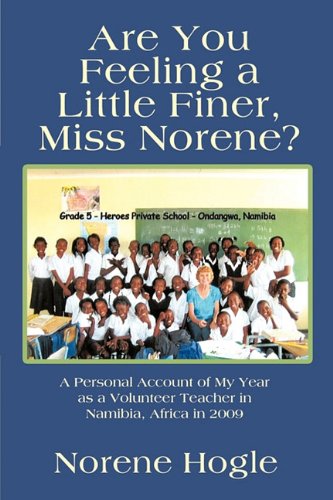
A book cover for Are You Feeling a Little Finer, Miss Norene?: A Personal Account of My Year as a Volunteer Teacher in Namibia, Africa in 2009; Norene Hogle; Travel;